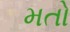
મતો